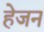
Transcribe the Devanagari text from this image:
हेजन